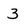
Character: 3